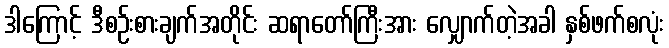
ဒါကြောင့် ဒီစဉ်းစားချက်အတိုင်း ဆရာတော်ကြီးအား လျှောက်တဲ့အခါ နှစ်ဖက်စလုံး